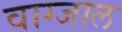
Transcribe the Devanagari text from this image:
वाग्जाल